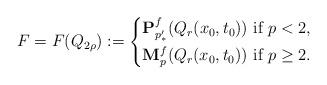
LaTeX: \begin{align*} F=F(Q_{2\rho}):=\begin{cases*} \mathbf{P}^f_{p'_*}(Q_r(x_0,t_0))\mbox{ if }p<2,\\ \mathbf{M}^f_p(Q_r(x_0,t_0))\mbox{ if }p\geq 2. \end{cases*} \end{align*}